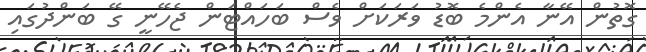
ގޮތުން އޭނާ އެންމެ ބޮޑު ވަރަކަށް ވެސް ބަހައްޓަން ޖެހޭނީ ގޭ ބަންދުގައި